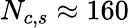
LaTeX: N_{c,s}\approx 160